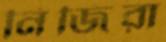
নিজিরা